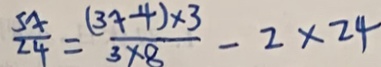
\frac { 5 x } { 2 4 } = \frac { ( 3 x - 4 ) \times 3 } { 3 \times 8 } - 2 \times 2 4